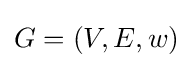
G=(V,E,w)